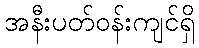
အနီးပတ်ဝန်းကျင်ရှိ